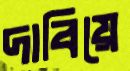
দাবিয়ে